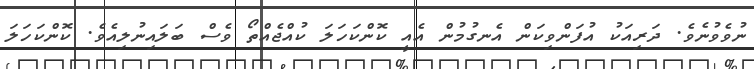
ނުވެވުނެވެ. ދަރިއަކު އުފަންވިކަން އެނގުމުން އެއީ ކޮންކަހަލަ ކުއްޖެއްތޯ ވެސް ބަލައިނުލިއެވެ. ކޮންކަހަލަ